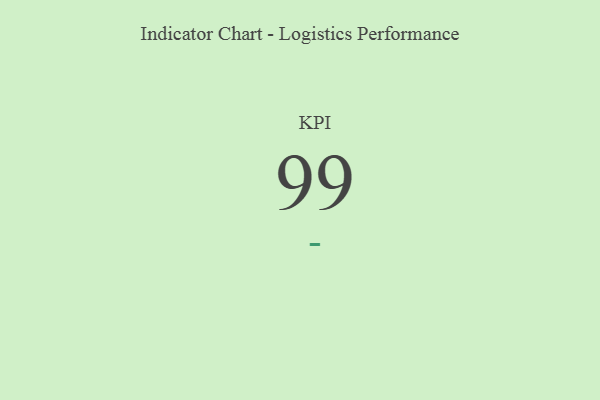
{"axis": {"x": "KPI", "y": "Value"}, "legend": [""], "data": [{"x": "KPI", "y": 99, "type": ""}]}